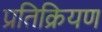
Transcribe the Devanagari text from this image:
प्रतिक्रियण